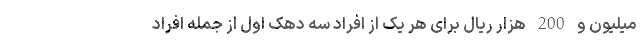
میلیون و 200 هزار ریال برای هر یک از افراد سه دهک اول از جمله افراد